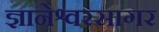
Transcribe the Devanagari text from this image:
ज्ञानेश्वरसागर